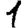
Digit: 1